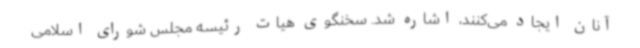
آنان ایجاد می‌کنند، اشاره شد. سخنگوی هیات رئیسه مجلس شورای اسلامی